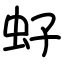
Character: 虸